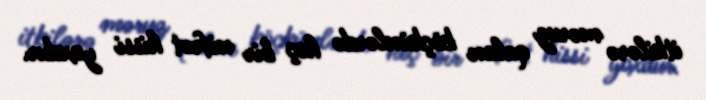
itkilərə məruz qalan köçkünlərdə heç bir nifrət hissi yoxdur.